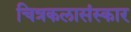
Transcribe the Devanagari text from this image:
चित्रकलासंस्कार